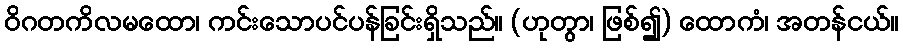
ဝိဂတကိလမထော၊ ကင်းသောပင်ပန်ခြင်းရှိသည်။ (ဟုတွာ၊ ဖြစ်၍) ထောကံ၊ အတန်ငယ်။